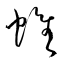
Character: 帷